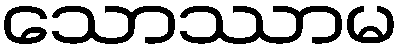
သောဿာမ